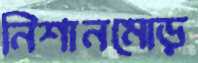
নিশানমোড়